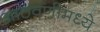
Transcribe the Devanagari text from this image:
आठवणीमध्ये